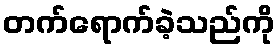
တက်ရောက်ခဲ့သည်ကို